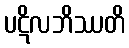
ပဋိလဘိဿတိ